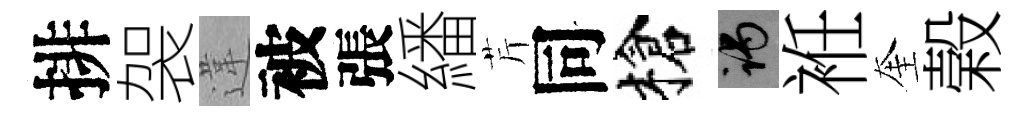
排袈違被張繙芹同槍谒袵奎榖